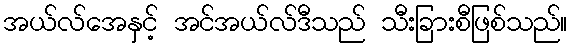
အယ်လ်အေနှင့် အင်အယ်လ်ဒီသည် သီးခြားစီဖြစ်သည်။